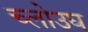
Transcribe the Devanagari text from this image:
च्लोउघ